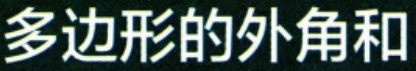
多边形的外角和